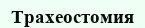
Трахеостомия